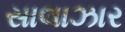
સાલાઝાર